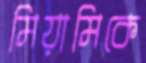
মিয়ামিকে